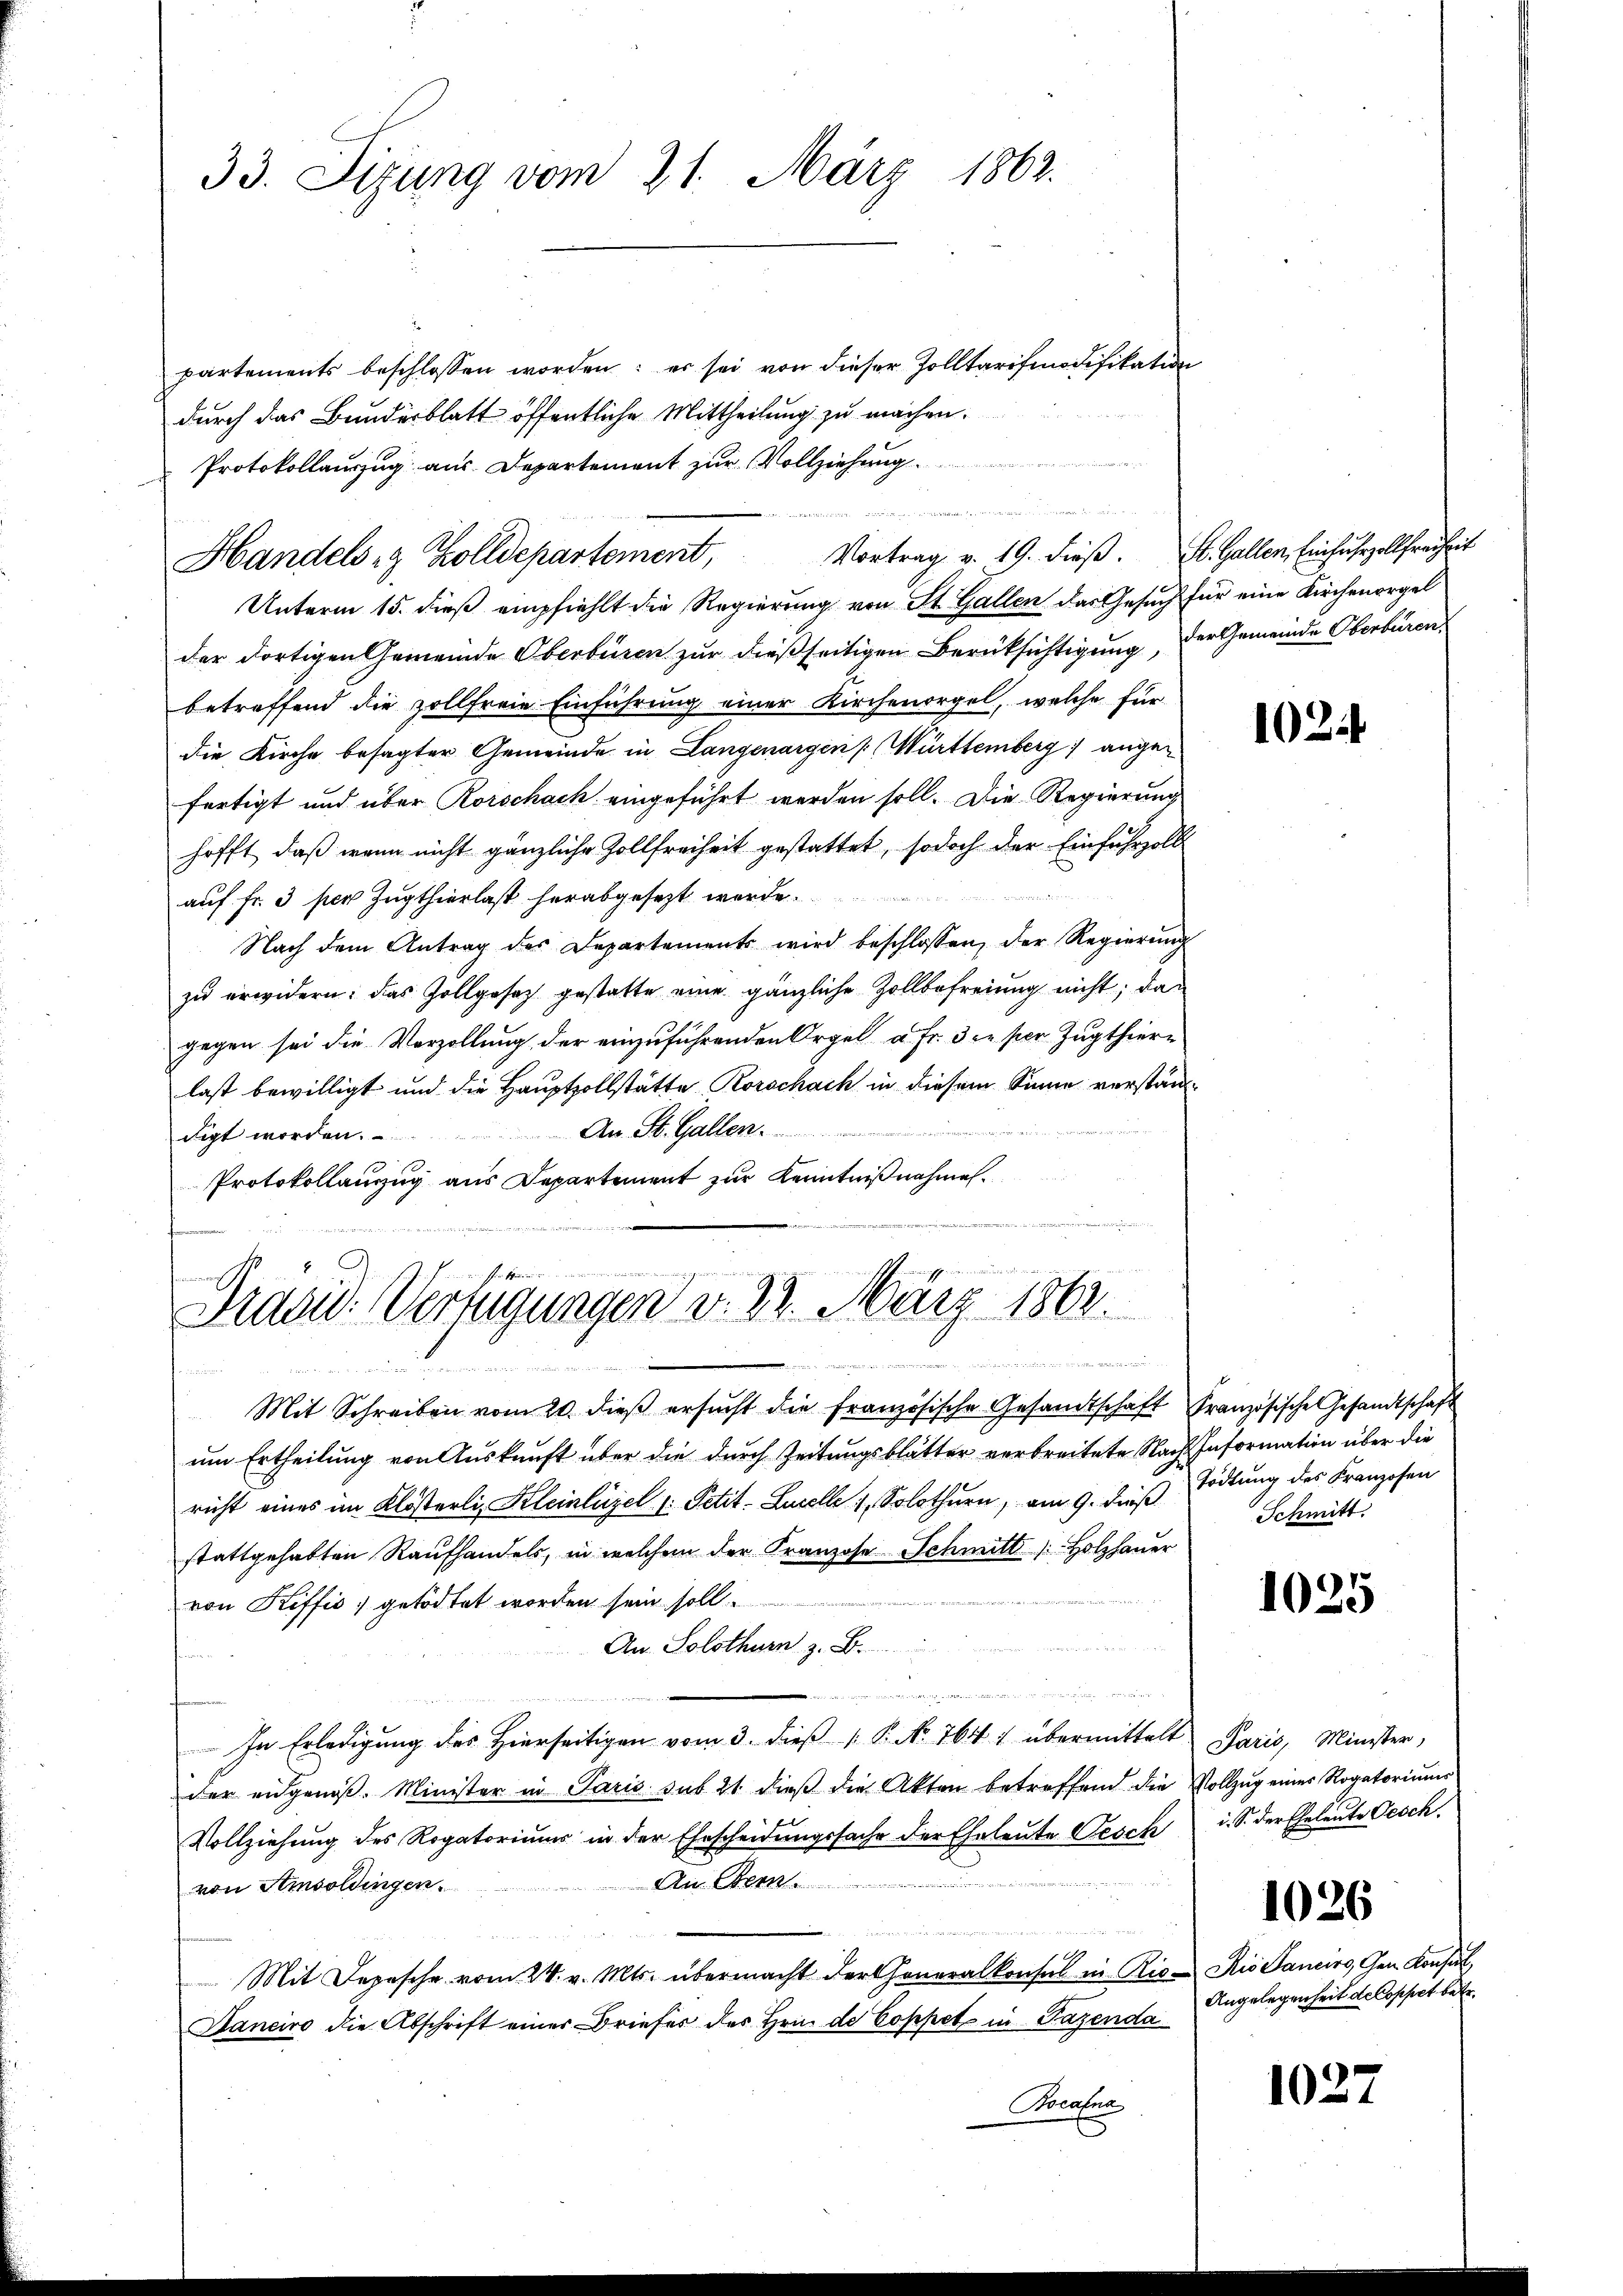
33. Sizung vom 21. März 1862.

partements beschlossen worden; es sei von dieser Zolltarifmodifikation
durch das Bundesblatt öffentliche Mittheilung zu machen.
Protokollauszug aus Departement zur Vollziehung.

Vortrag v. 19. dieß. St. Gallen, Einfuhrzollfreiheit
Handels- & Zolldepartement,

13
Präsid. Verfügungen d. 22. März 1862.
mann in ein seine
d

Unterm 15. dieß empfiehlt die Regierung von St. Gallen das Gesuch für eine Kirchenorgel
der dortigen Gemeinde Oberbüren zur dießseitigen Berüksichtigung, der Gemeinde Oberbüren
betreffend die vollfreie Einführung einer Kirchenorgel, welche für
die Kirche besagter Gemeinde in Langenargen Württemberg angefertigt und über Korschach eingeführt werden soll. Die Regierung
hofft, daß wenn nicht gänzliche Zollfreiheit gestattet, sodoch der Einfuhrzoll
auf fr. 3 per Zugthierlast herabgesezt werde
Nach dem Antrag des Departements wird beschlossen, der Regierŭng
zu erwidern: das Zollgesetz gestatte eine gänzliche Zollbefreiung nicht; dagegen sei die Verzollung der einzuführenden Orgel à Fr. 3 c. per Zugthierlast bewilligt und die Hauptzollstätte Korschach in diesem Sinne verständ-
digt worden. An St. Gallen.
Protokollanzzug aus Departement zur Kenntnißnahmen.
e

Mit Schreiben vom 20. dieβ ersŭcht die französische Gesandtschaft Französische Gesandtschaft
um Ertheilung von Auskunft über die durch Zeitungsblätter verbreitete Nach Information über die
richt eines im Klösterli Kleinlügel : Petit-Lucelle 4, Solothurn, am 9. dieβ Tödtung des Franzosen
stattgehabten Raufhandels, in welchem der Franzose Schmitt   Holzhauer
von Keffis getödtet worden sein soll
An. Solothurn z. B.

n
In Erledigung des Hierseitigen vom 3. dieß P. No. 764 übermittelt Paris, Minister,
der eidgenöß. Minister in Paris sub 21 dieß die Akten betreffend die Vollzug einer Rogatoriums
Vollziehung des Rogatoriums in der Ehescheidungssache der Eheleute Gesch
a
An Gren
von Amsoldingen.
Mit Depesche vom 24. v. Mts. übermacht der Generalkonsul in Rio- Rio Sancirs, Gen. Konsul,
Janeiro die Abschrift einer Briefes des Hrn. de Coppet in Pazenda
Brcafna

1024

Schmitt

1025

i. S. der Eheleute Gesch.
1026
Angelegenheit de Coppet betr.

1027